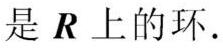
是 $\boldsymbol{R}$ 上的环.